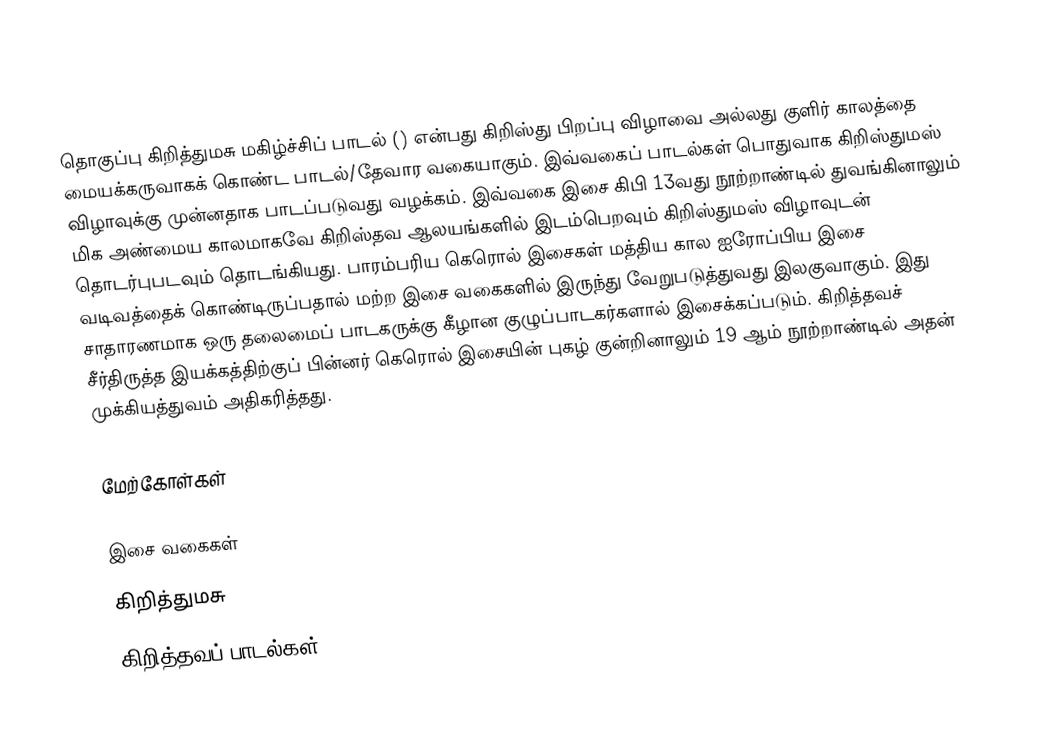
தொகுப்பு கிறித்துமசு மகிழ்ச்சிப் பாடல் () என்பது கிறிஸ்து பிறப்பு விழாவை அல்லது குளிர் காலத்தை மையக்கருவாகக் கொண்ட பாடல்/தேவார வகையாகும். இவ்வகைப் பாடல்கள் பொதுவாக கிறிஸ்துமஸ் விழாவுக்கு முன்னதாக பாடப்படுவது வழக்கம். இவ்வகை இசை கிபி 13வது நூற்றாண்டில் துவங்கினாலும் மிக அண்மைய காலமாகவே கிறிஸ்தவ ஆலயங்களில் இடம்பெறவும் கிறிஸ்துமஸ் விழாவுடன் தொடர்புபடவும் தொடங்கியது. பாரம்பரிய கெரொல் இசைகள் மத்திய கால ஐரோப்பிய இசை வடிவத்தைக் கொண்டிருப்பதால் மற்ற இசை வகைகளில் இருந்து வேறுபடுத்துவது இலகுவாகும். இது சாதாரணமாக ஒரு தலைமைப் பாடகருக்கு கீழான குழுப்பாடகர்களால் இசைக்கப்படும். கிறித்தவச் சீர்திருத்த இயக்கத்திற்குப் பின்னர் கெரொல் இசையின் புகழ் குன்றினாலும் 19 ஆம் நூற்றாண்டில் அதன் முக்கியத்துவம் அதிகரித்தது.

மேற்கோள்கள்

இசை வகைகள்
கிறித்துமசு
கிறித்தவப் பாடல்கள்